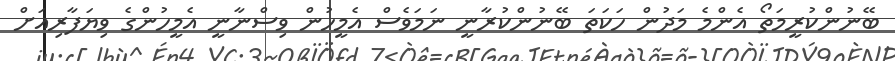
ބޭނުންކުރީމަތޯ އެންމެ މަދުން ހަކަތަ ބޭނުންކުރާނީ ނަމަވެސް އެމީހުން ވިސްނާނީ އެމީހުންގެ ވިޔަފާރިއަށް